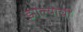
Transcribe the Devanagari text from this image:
झाल्याचीं